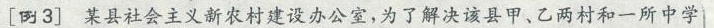
[例3]某县社会主义新农村建设办公室，为了解决该县甲、乙两村和一所中学